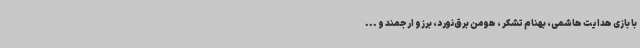
با بازی هدایت هاشمی، بهنام تشکر ، هومن برق‌نورد، برزو ارجمند و ...